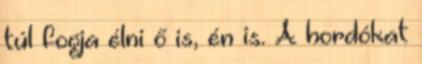
túl fogja élni ő is, én is. A hordókat